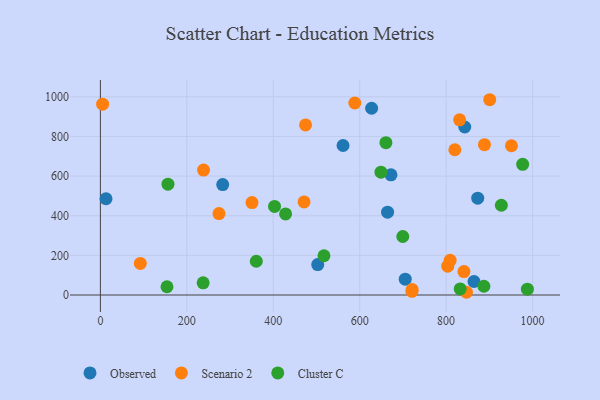
{"axis": {"x": "Speed", "y": "Profit"}, "legend": ["Cluster C", "Observed", "Scenario 2"], "data": [{"x": "561.5", "y": 754.3, "type": "Observed"}, {"x": "283.0", "y": 557.4, "type": "Observed"}, {"x": "672.4", "y": 606.5, "type": "Observed"}, {"x": "627.6", "y": 942.4, "type": "Observed"}, {"x": "13.0", "y": 485.7, "type": "Observed"}, {"x": "502.9", "y": 153.8, "type": "Observed"}, {"x": "664.5", "y": 417.8, "type": "Observed"}, {"x": "873.1", "y": 488.8, "type": "Observed"}, {"x": "705.4", "y": 79.7, "type": "Observed"}, {"x": "864.5", "y": 68.1, "type": "Observed"}, {"x": "843.1", "y": 847.7, "type": "Observed"}, {"x": "888.7", "y": 758.3, "type": "Scenario 2"}, {"x": "841.2", "y": 118.3, "type": "Scenario 2"}, {"x": "951.2", "y": 753.2, "type": "Scenario 2"}, {"x": "471.3", "y": 469.9, "type": "Scenario 2"}, {"x": "274.4", "y": 410.9, "type": "Scenario 2"}, {"x": "721.4", "y": 27.7, "type": "Scenario 2"}, {"x": "809.3", "y": 175.1, "type": "Scenario 2"}, {"x": "5.2", "y": 962.9, "type": "Scenario 2"}, {"x": "803.7", "y": 145.4, "type": "Scenario 2"}, {"x": "720.9", "y": 18.4, "type": "Scenario 2"}, {"x": "820.2", "y": 733.0, "type": "Scenario 2"}, {"x": "588.7", "y": 968.8, "type": "Scenario 2"}, {"x": "350.8", "y": 466.5, "type": "Scenario 2"}, {"x": "474.7", "y": 858.1, "type": "Scenario 2"}, {"x": "900.9", "y": 985.3, "type": "Scenario 2"}, {"x": "831.2", "y": 884.1, "type": "Scenario 2"}, {"x": "92.4", "y": 159.6, "type": "Scenario 2"}, {"x": "847.1", "y": 13.8, "type": "Scenario 2"}, {"x": "238.7", "y": 630.5, "type": "Scenario 2"}, {"x": "927.8", "y": 453.0, "type": "Cluster C"}, {"x": "699.7", "y": 295.3, "type": "Cluster C"}, {"x": "517.3", "y": 198.2, "type": "Cluster C"}, {"x": "887.4", "y": 44.3, "type": "Cluster C"}, {"x": "832.5", "y": 30.9, "type": "Cluster C"}, {"x": "977.1", "y": 659.4, "type": "Cluster C"}, {"x": "660.7", "y": 768.5, "type": "Cluster C"}, {"x": "154.1", "y": 41.7, "type": "Cluster C"}, {"x": "360.8", "y": 170.3, "type": "Cluster C"}, {"x": "156.4", "y": 559.4, "type": "Cluster C"}, {"x": "403.0", "y": 446.8, "type": "Cluster C"}, {"x": "237.8", "y": 61.4, "type": "Cluster C"}, {"x": "988.0", "y": 29.5, "type": "Cluster C"}, {"x": "428.5", "y": 409.2, "type": "Cluster C"}, {"x": "649.2", "y": 619.9, "type": "Cluster C"}]}